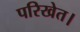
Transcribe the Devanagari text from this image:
परिखेत।